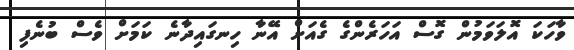
ވާހަކަ އޮލަވަމުން ގޮސް އަހަރެންގެ ގެއަށް އޭނާ ހިނގައިދާނެ ކަމަށް ވެސް ބުނެފި